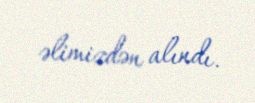
əlimizdən alındı.